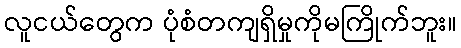
လူငယ်တွေက ပုံစံတကျရှိမှုကိုမကြိုက်ဘူး။